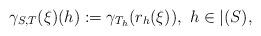
LaTeX: \begin{align*}\gamma_{S,T}(\xi)(h) := \gamma_{T_h}(r_h(\xi)),\ h \in \vert(S),\end{align*}